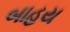
બાહય